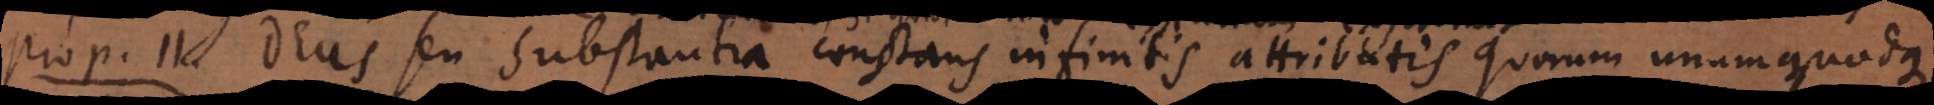
o 1 1. Deus seu substantia constans infinitis attributis quorum unumquodque